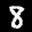
Label: 8